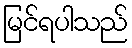
မြင်ရပါသည်